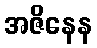
အဇိနေန